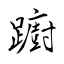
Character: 躕